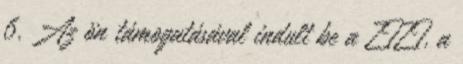
6. Az ön támogatásával indult be a ZIZI, a